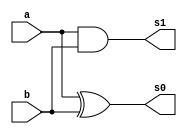
// ------------------------- 
// Exemplo0031 / Somados/Subtrator
// Nome: Pedro Ballona
// ------------------------- 
 
// ------------------------- 
//  meia Soma 
// ------------------------- 
module meiaSoma (output s0,	 output s1,  
                               input a,  
                               input b); 
 
// descrever por portas



and(s1,a,b);
xor(s0,a,b);


 
endmodule // fullAdder


// ------------------------- 
//  full adder 
// ------------------------- 
module fullAdder (output s0,	 output s1,  
                               input a,  
                               input b,  
                               input carryIn); 
 
// descrever por portas
wire meiaSoma1[0:1];
wire meiaSoma2[0:1];

meiaSoma porta1(meiaSoma1[1],meiaSoma1[0],a,b);
meiaSoma porta2(meiaSoma2[1],meiaSoma2[0],meiaSoma1[1],carryIn);

assign s0 = meiaSoma2[1];
or(s1,meiaSoma1[0],meiaSoma2[0]);
 
endmodule // fullAdder

// ------------------------- 
//  FAFS 
// ------------------------- 
module FAFS (output s0,	 output s1,  
                               input a,  
                               input b,  
                               input carryIn,
										 input sel); 
 
// descrever por portas
wire xor1;
xor(xor1,b,sel);
fullAdder FA(s0,s1,a,xor1,carryIn);


 
endmodule // FAFS


// ------------------------- 
//  FAFS6b
// -------------------------
module somador6b (output[5:0] c,
										 input[5:0] a,
										 input[5:0] b,
										 input sel);

 
		wire [5:0] x; 
      wire [5:0] y;      
      //wire [5:0] soma;
		wire carry;
		wire carry2;
		wire carry3;
		wire carry4;
		wire carry5;
		wire carry6;			
		FAFS soma0(c[0],carry,a[0],b[0],sel,sel);
		FAFS soma1(c[1],carry2,a[1],b[1],carry,sel);
		FAFS soma2(c[2],carry3,a[2],b[2],carry2,sel);
		FAFS soma3(c[3],carry4,a[3],b[3],carry3,sel);
		FAFS soma4(c[4],carry5,a[4],b[4],carry4,sel);
		FAFS soma5(c[5],carry6,a[5],b[5],carry5,sel);	
		

										 
endmodule//somador6b



module test_FAFS; 
// ------------------------- definir dados 
      reg[5:0] x;
		reg[5:0] w;
		reg c;
		
		wire[5:0] y;
		
		
		somador6b somador(y,x,w,c);
		//reg x;
		//reg w;
		//reg c;
		//wire y[1:0];
		
		//FAFS soma0(y[0],y[1],x,w,c,c);
		
		
		
 
// ------------------------- parte principal 
 initial begin 
      $display("Exemplo0031 - Pedro Ballona - 427455"); 
      $display("Test ALUs somador/subtratpr (1-subtrator 0-somador)");
		x=6'b000011;	w=6'b000001; c=1'b1;	
		#1 $display("%b - %b = %b",x,w,y);
		
		x=6'b011011;	w=6'b000011; c=1'b1;	
		#2 $display("%b - %b = %b",x,w,y);
		x=6'b001111;	w=6'b010001; c=1'b0;	
		#3 $display("%b + %b = %b",x,w,y);
		
 
 // projetar testes do somador complete 
 
 end 
 
endmodule // test_c2